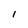
Character: 1